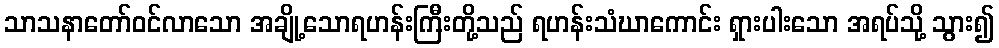
သာသနာတော်ဝင်လာသော အချို့သောရဟန်းကြီးတို့သည် ရဟန်းသံဃာကောင်း ရှားပါးသော အရပ်သို့ သွား၍